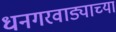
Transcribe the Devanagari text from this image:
धनगरवाड्याच्या